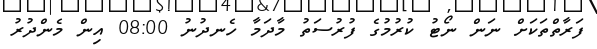
ފަރާތްތަކަށް ނަން ނޯޓު ކުރުމުގެ ފުރުސަތު މާދަމާ ހެނދުނު 08:00 އިން މެންދުރު